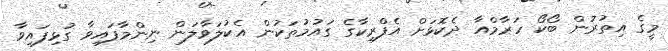
މީގެ އިތުރުން ބޯކޯ ހަރާމްއާ ދެކޮޅަށް އެފްރިކާގެ ގައުމުތަކުން އެކުލަވާލަން ނިންމާފައިވާ ގުޅިފައިވާ